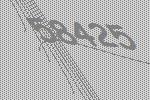
58425